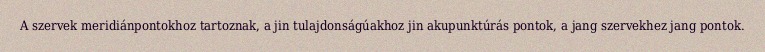
A szervek meridiánpontokhoz tartoznak, a jin tulajdonságúakhoz jin akupunktúrás pontok, a jang szervekhez jang pontok.